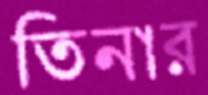
তিনার